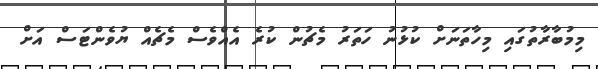
މިމުބާރާތުގައި މިހާތަނަށް ކުޅުނު ހަތަރު މެޗުން ކުރެ އެއްވެސް މެޗެއް ޔުވެންޓަސް އަށް